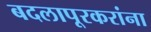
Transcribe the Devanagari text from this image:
बदलापूरकरांना